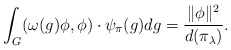
\begin{align*}\int_G (\omega(g)\phi,\phi) \cdot \psi_{\pi}(g)dg =\frac{\|\phi\|^2}{d(\pi_\lambda)}.\end{align*}